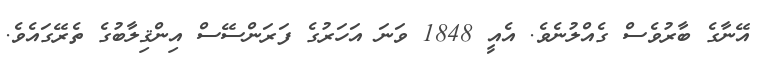
އޭނާގެ ބާރުވެސް ގެއްލުނެވެ. އެއީ 1848 ވަނަ އަހަރުގެ ފަރަންސޭސް އިންޤިލާބުގެ ތެރޭގައެވެ.